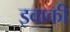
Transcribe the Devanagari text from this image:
इवाकी